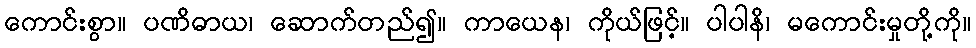
ကောင်းစွာ။ ပဏိဓာယ၊ ဆောက်တည်၍။ ကာယေန၊ ကိုယ်ဖြင့်။ ပါပါနိ၊ မကောင်းမှုတို့ကို။